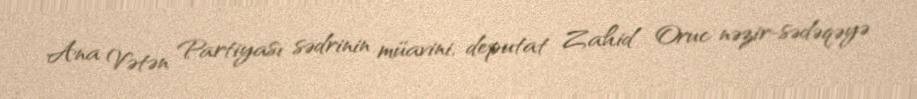
Ana Vətən Partiyası sədrinin müavini, deputat Zahid Oruc nəzir-sədəqəyə